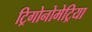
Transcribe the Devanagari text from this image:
ट्रिगोनोमेट्रिया